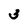
Character: 3